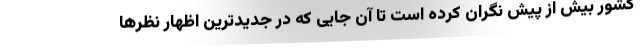
کشور بیش از پیش نگران کرده است تا آن جایی که در جدیدترین اظهار نظرها